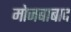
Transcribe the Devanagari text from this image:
मोजबाबाद